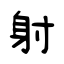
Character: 射